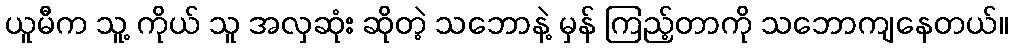
ယူမီက သူ့ ကိုယ် သူ အလှဆုံး ဆိုတဲ့ သဘောနဲ့ မှန် ကြည့်တာကို သဘောကျနေတယ်။